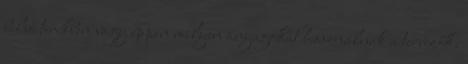
belső terekben vagy éppen milyen anyagokat használnak a tervezők.